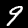
Digit: 9